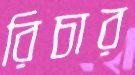
রিচার